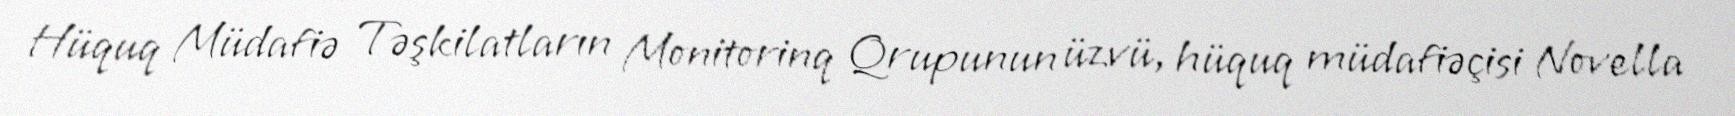
Hüquq Müdafiə Təşkilatların Monitorinq Qrupunun üzvü, hüquq müdafiəçisi Novella